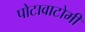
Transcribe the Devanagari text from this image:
पोटावाटोमी